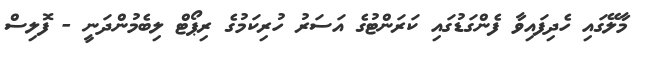
މާލޭގައި ހެދިފައިވާ ފެންގަޑުގައި ކަރަންޓުގެ އަސަރު ހުރިކަމުގެ ރިޕޯޓް ލިބެމުންދަނީ - ފޮލިސް